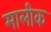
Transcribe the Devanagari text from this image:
मालीक